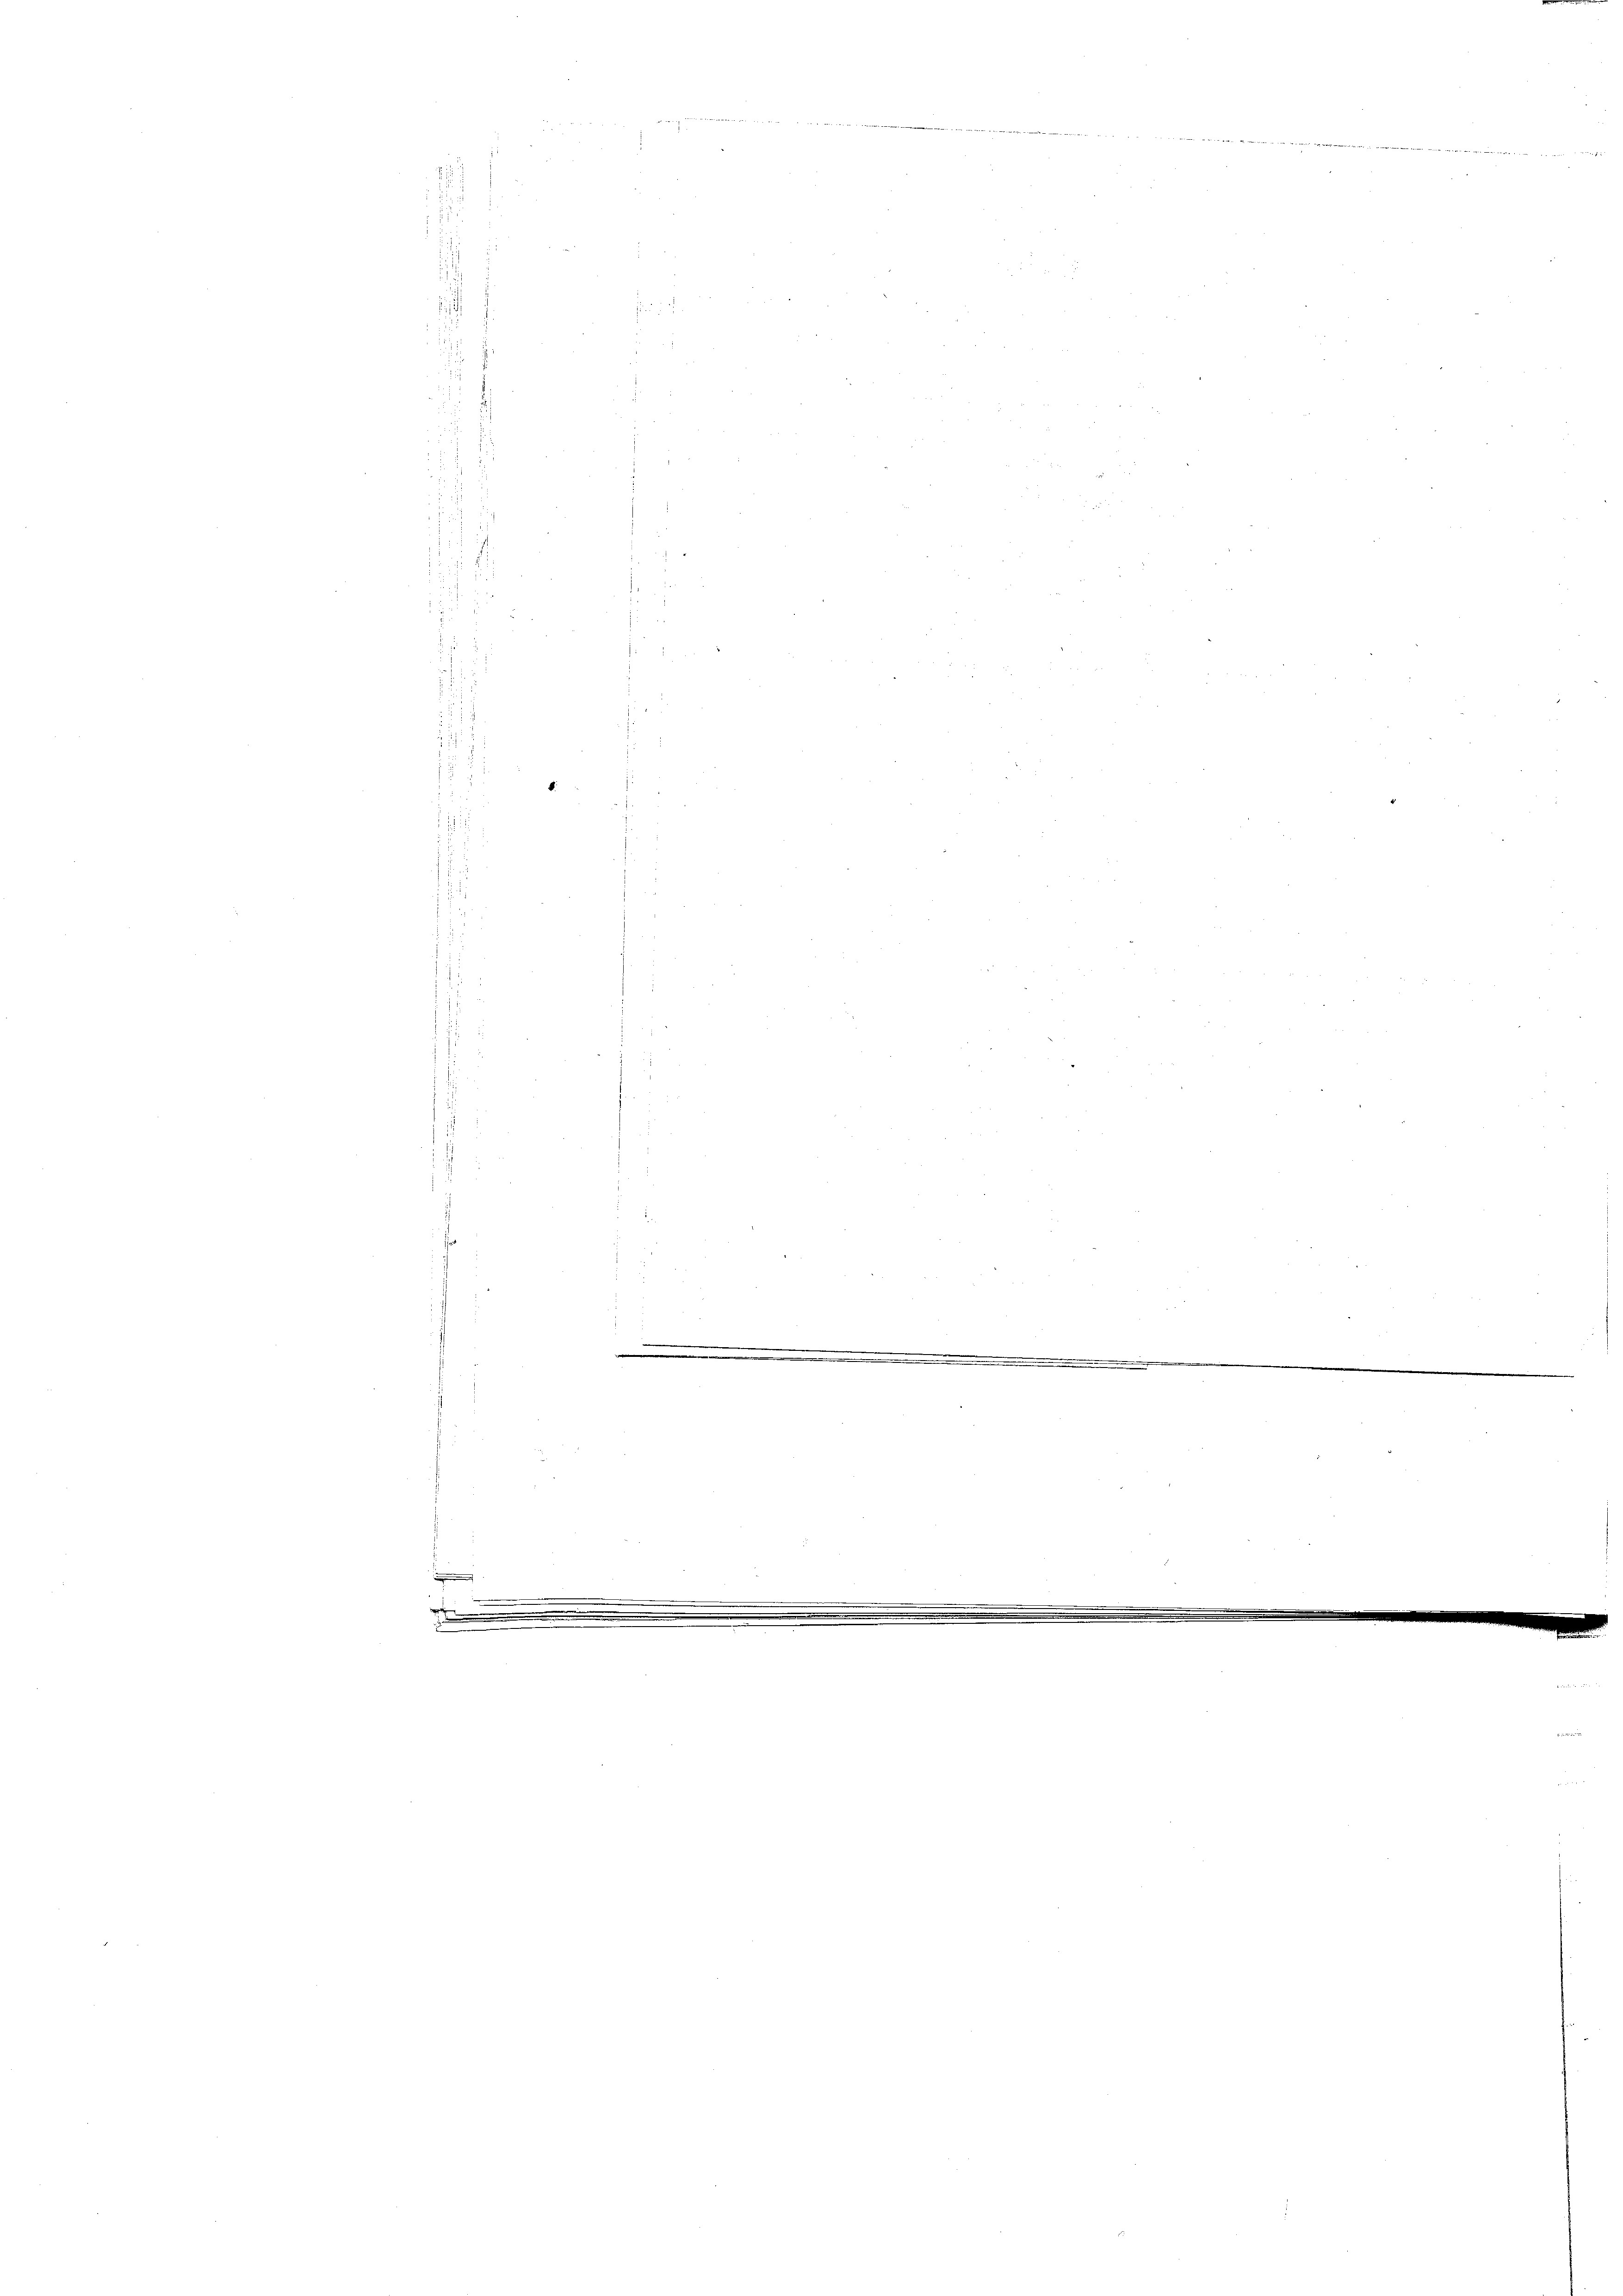
5

d

.